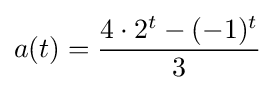
a(t)={\frac {4\cdot 2^{t}-(-1)^{t}}{3}}